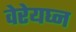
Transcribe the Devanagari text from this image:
वेरेयघ्न